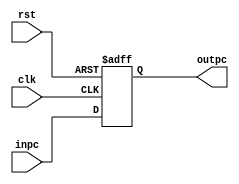
/**************************************************************************************************/
/**************************************************************************************************/
/*****************************		Author: Alyaa Mohamed 	***************************************/
/*****************************		Module: Program Counter ***************************************/
/**************************************************************************************************/
/**************************************************************************************************/

module pc
(
    input  wire			clk					,
    input  wire			rst					,
    input  wire	[31:0] 	inpc				,
    
	output reg 	[31:0] 	outpc
	
);

/***************************************************************************************************/
/***************************************************************************************************/

	always @(posedge clk or negedge rst)
		begin
		
			if(!rst)
				begin
				
					outpc <= 32'b0			;
				
				end
			else
				begin
				
					outpc <= inpc			;
				
				end
		
		end

endmodule